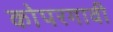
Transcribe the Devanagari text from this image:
कोपरगावी